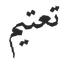
تعتيم